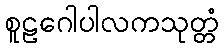
စူဠဂေါပါလကသုတ္တံ